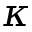
\kappa